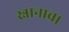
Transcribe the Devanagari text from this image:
स्नानाचा